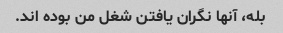
بله، آنها نگران یافتن شغل من بوده اند.